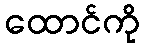
ထောင်ကို